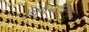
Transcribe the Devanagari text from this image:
थिंगमाजिग्स